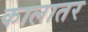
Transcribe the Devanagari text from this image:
कालातर